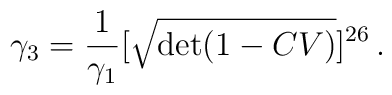
\gamma_3 = \frac{ 1}{ \gamma_1} [\sqrt{\det (1-CV)}]^{26}\,.